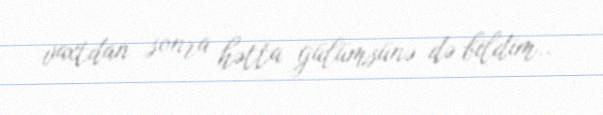
vaxtdan sonra hətta gülümsünə də bildim..